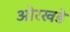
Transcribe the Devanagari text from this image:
ओरखडे